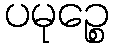
ပမုဉ္စေ